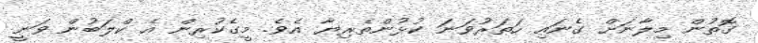
ގޮތުން މިލާނަށް ގެނައި ހަތަރުވަނަ ކުޅުންތެރިޔާ އެވެ. މީގެކުރިން އެ ކްލަބުން ވަނީ